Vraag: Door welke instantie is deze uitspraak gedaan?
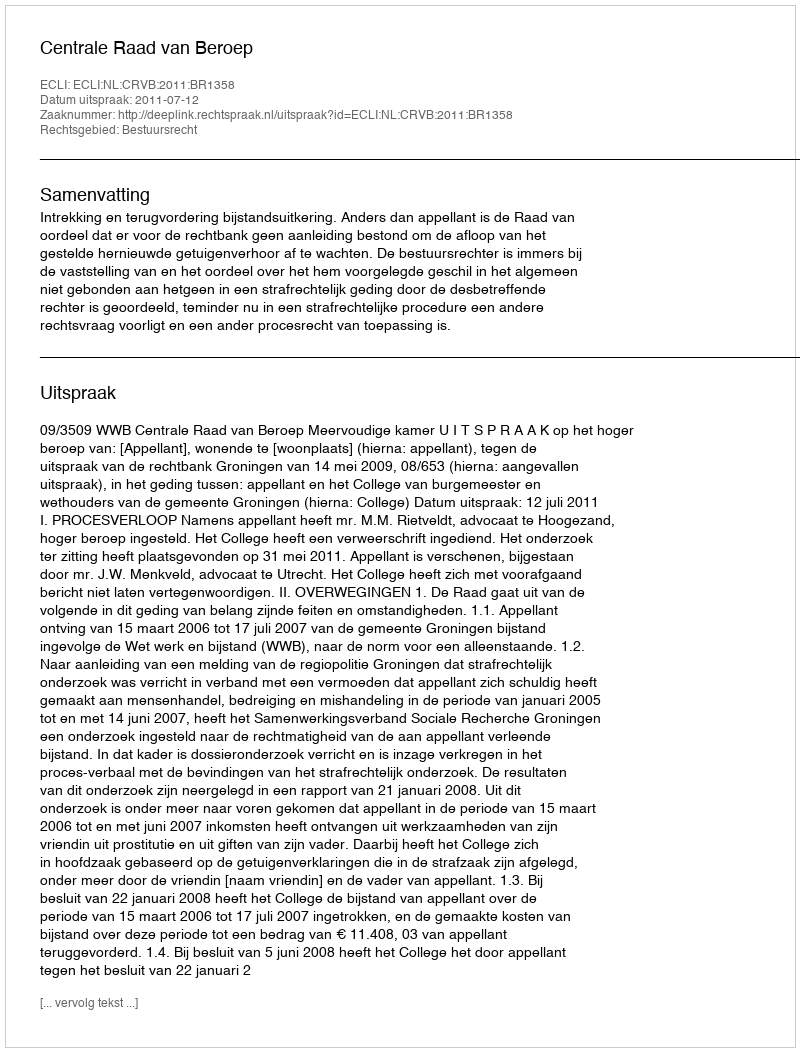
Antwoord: Centrale Raad van Beroep